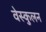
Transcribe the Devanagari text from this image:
वेस्कुलन